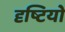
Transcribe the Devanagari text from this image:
दृष्टियो